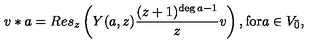
v * a = R e s _ { z } \left( Y ( a , z ) \frac { ( z + 1 ) ^ { \deg a - 1 } } { z } v \right) , \mathrm { f o r } a \in V _ { \bar { 0 } } ,